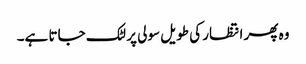
وہ پھر انتظار کی طویل سولی پر لٹک جاتا ہے۔